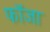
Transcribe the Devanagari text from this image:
फॉजा